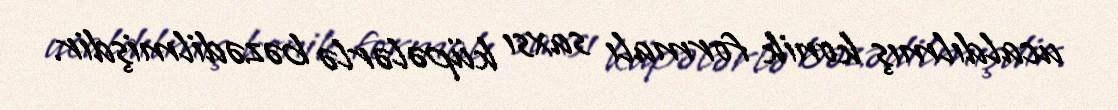
ucaldılmış konik formalı saxsı küpələrlə bəzədilmişdir.